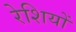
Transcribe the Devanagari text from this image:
रेशियों